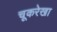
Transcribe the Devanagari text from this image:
चूकरेखा